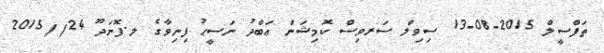
ތަފްސީލް 2015-08-13 ސިވިލް ސަރވިސް ކޮމިޝަން ޢަބްދު ނަސީޙު ފިނިވާގެ ލ.ފޮނަދޫ 24//2015